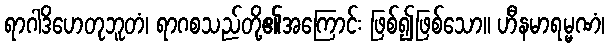
ရာဂါဒိဟေတုဘူတံ၊ ရာဂစသည်တို့၏အကြောင်း ဖြစ်၍ဖြစ်သော။ ဟီနမာရမ္မဏံ၊